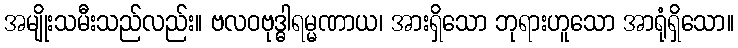
အမျိုးသမီးသည်လည်း။ ဗလဝဗုဒ္ဓါရမ္မဏာယ၊ အားရှိသော ဘုရားဟူသော အာရုံရှိသော။